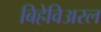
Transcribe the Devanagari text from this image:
बिहेविअरल